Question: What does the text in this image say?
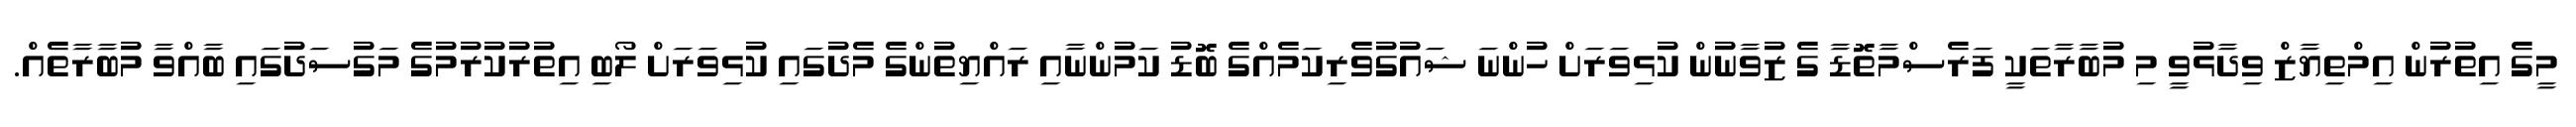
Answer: މީގެ އިތުރުން އިމްތިޔާޒް ވިދާޅުވީ މި މުބާރާތަކީ ފަރެސްމާތޮޑާ ގެ ޒުވާނުން ކުޅިވަރަށް ހުންނަ ޝައުގުވެރިކަމެއްގެ ބޮޑު ކަމުންނާއި ރައްޔިތުންގެ މެދުގައި ކުޅިވަރަށް ލޯބި އިތުރުކުރުމުގެ މަގުސަދުގައި ބާއްވާ މުބާރާތެއް.